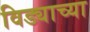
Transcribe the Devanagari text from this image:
विड्याच्‍या